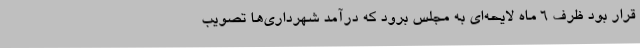
قرار بود ظرف 6 ماه لایحه‌ای به مجلس برود که درآمد شهرداری‌ها تصویب